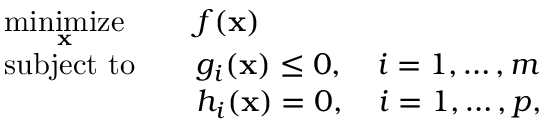
{ \begin{array} { r l r l } & { { \underset { \mathbf { x } } { \operatorname { m i n i m i z e } } } } & & { f ( \mathbf { x } ) } \\ & { \operatorname { s u b j e c t \ t o } } & & { g _ { i } ( \mathbf { x } ) \leq 0 , \quad i = 1 , \dots , m } \\ & { } & & { h _ { i } ( \mathbf { x } ) = 0 , \quad i = 1 , \dots , p , } \end{array} }